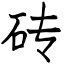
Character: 砖